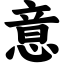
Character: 意